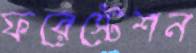
ফরেস্টেশন